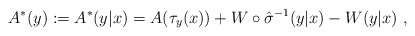
\begin{align*}A^*(y) := A^*(y|x) = A(\tau_y(x)) + W \circ \hat{\sigma}^{-1} (y|x) - W(y|x) \ ,\end{align*}